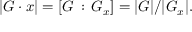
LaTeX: | G \cdot x | = [ G \, : \, G _ { x } ] = | G | / | G _ { x } | .